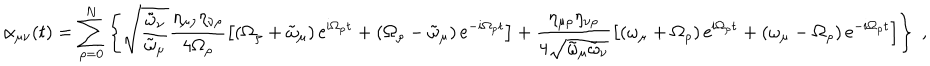
\alpha _ { \mu \nu } ( t ) = \sum _ { \rho = 0 } ^ { N } \left\{ \sqrt { \frac { \tilde { \omega } _ { \nu } } { \tilde { \omega } _ { \mu } } } \frac { \eta _ { \mu \rho } \eta _ { \nu \rho } } { 4 \Omega _ { \rho } } \left[ \left( \Omega _ { \rho } + \tilde { \omega } _ { \mu } \right) \mathrm { e } ^ { i \Omega _ { \rho } t } + \left( \Omega _ { \rho } - \tilde { \omega } _ { \mu } \right) \mathrm { e } ^ { - i \Omega _ { \rho } t } \right] + \frac { \eta _ { \mu \rho } \eta _ { \nu \rho } } { 4 \sqrt { \tilde { \omega } _ { \mu } \tilde { \omega } _ { \nu } } } \left[ \left( \omega _ { \mu } + \Omega _ { \rho } \right) \mathrm { e } ^ { i \Omega _ { \rho } t } + \left( \omega _ { \mu } - \Omega _ { \rho } \right) \mathrm { e } ^ { - i \Omega _ { \rho } t } \right] \right\} \; ,